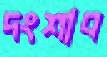
দংশাব